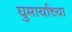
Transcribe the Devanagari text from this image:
घुमार्याच्या